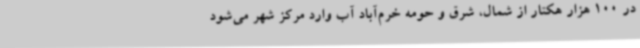
در 100 هزار هکتار از شمال، شرق و حومه خرم‌آباد آب وارد مرکز شهر می‌شود